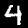
Label: 4